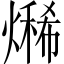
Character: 𤏨